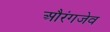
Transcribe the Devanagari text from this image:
औरंगजेव